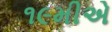
૧૯મીએ